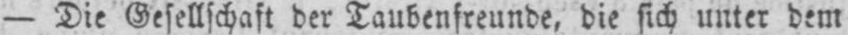
- Die Gesellschaft der Taubenfreunde, die sich unter dem